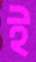
ই